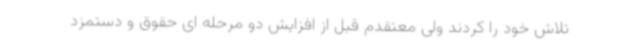
تلاش خود را کردند ولی معتقدم قبل از افزایش دو مرحله ای حقوق و دستمزد